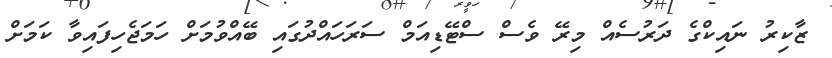
ޒާކިރު ނައިކްގެ ދަރުސެއް މިރޭ ވެސް ސްޓޭޑިއަމް ސަރަހައްދުގައި ބޭއްވުމަށް ހަމަޖެހިފައިވާ ކަމަށް